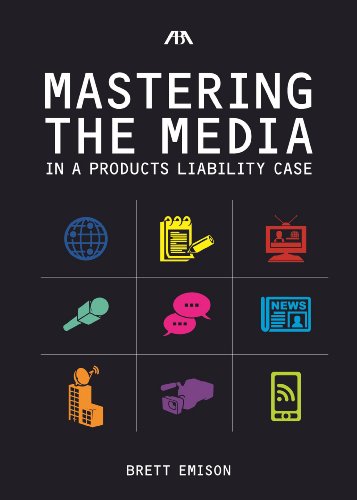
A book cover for Mastering the Media in a Products Liability Case; Brett Emison; Business & Money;